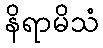
နိရာမိသံ